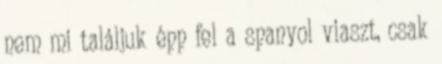
nem mi találjuk épp fel a spanyol viaszt, csak